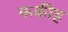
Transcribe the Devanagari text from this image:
फकीह